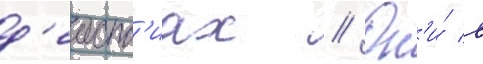
д'еиств'иах // Он'и́ в